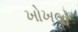
ખોખલો